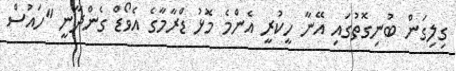
ގިލިގަން ބުނިގޮތުގައި އޭނާ ހީކުރީ އެންމެ މޮޅު ޑްރާމާގެ އެވޯޑް ގެންދާނީ "ހައުސް